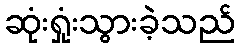
ဆုံးရှုံးသွားခဲ့သည်